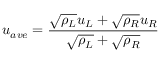
u _ { a v e } = \frac { \sqrt { \rho _ { L } } u _ { L } + \sqrt { \rho _ { R } } u _ { R } } { \sqrt { \rho _ { L } } + \sqrt { \rho _ { R } } }